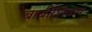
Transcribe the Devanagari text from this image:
बाबींशिवाय